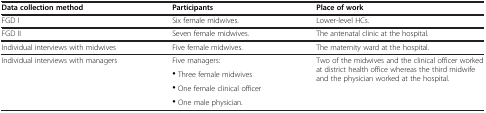
| Data collection method | Participants | Place of work |
 | --- | --- | --- |
 | FGD I | Six female midwives. | Lower-level HCs. |
 | FGD II | Seven female midwives. | The antenatal clinic at the hospital. |
 | Individual interviews with midwives | Five female midwives. | The maternity ward at the hospital. |
 | <ROWSPAN=3> Individual interviews with managers | Five managers: | <ROWSPAN=3> Two of the midwives and the clinical officer worked at district health office whereas the third midwife and the physician worked at the hospital. |
 | · Three female midwives |
 | · One female clinical officer |
 |  | · One male physician. |  |